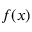
f ( x )